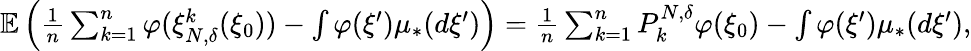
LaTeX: \begin{array}{r}{\mathbb{E}\left(\frac{1}{n}\sum_{k=1}^{n}\varphi(\xi_{N,\delta}^{k}(\xi_{0}))-\int\varphi(\xi^{\prime})\mu_{*}(d\xi^{\prime})\right)=\frac{1}{n}\sum_{k=1}^{n}P_{k}^{N,\delta}\varphi(\xi_{0})-\int\varphi(\xi^{\prime})\mu_{*}(d\xi^{\prime}),}\end{array}